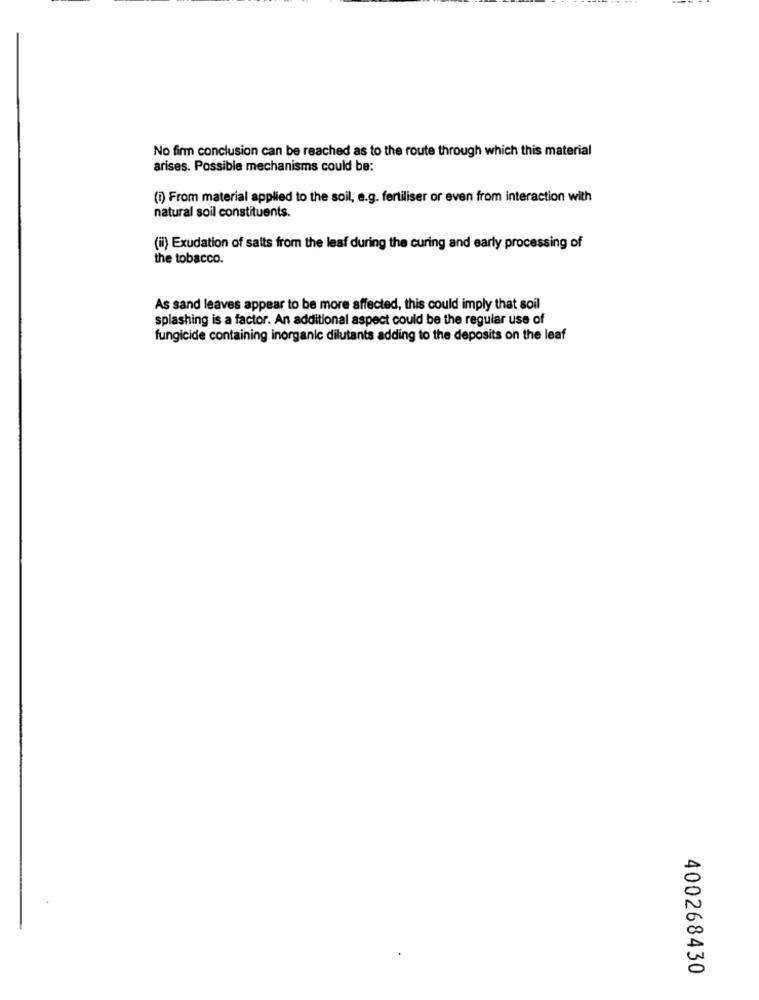
No firm conclusion can be reached as to the route through which this material
arises. Possible mechanisms could be:
(i) From material applied to the soil, e.g. fertiliser or even from interaction with
natural soil constituents.
(ii) Exudation of salts from the leaf during the curing and early processing of
the tobacco.
As sand leaves appear to be more affected, this could imply that soil
splashing is a factor. An additional aspect could be the regular use of
fungicide containing inorganic dilutants adding to the deposits on the leaf
400268430